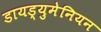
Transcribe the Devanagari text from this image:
डायड्युमेनियन